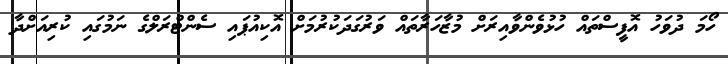
ހޯމަ ދުވަހު އޮފީސްތައް ހުޅުވެންވާއިރަށް މުޒާހަރާތައް ވަރުގަދަކުރުމަށް އޮކިއުޕައި ސެންޓްރަލްގެ ނަމުގައި ކުރިއަށްދާ